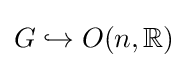
G\hookrightarrow O(n,\mathbb {R} )